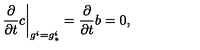
\left. { \frac { \partial } { \partial t } } c \right| _ { g ^ { i } = g _ { * } ^ { i } } = { \frac { \partial } { \partial t } } b = 0 ,